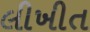
લીખીત